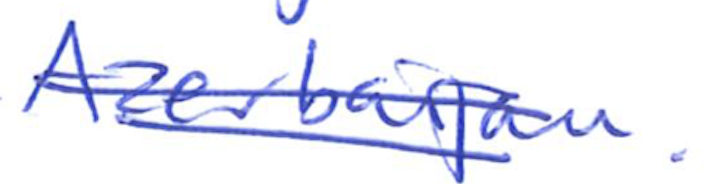
Text: Azerbaijan.
Cross-out: double-line
Writing tool: ballpoint